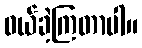
ဝယ်ခဲ့ကြတာပါ။